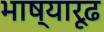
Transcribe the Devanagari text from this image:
भाष्यारूढ़